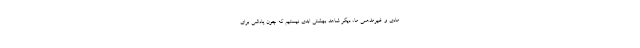
مادی و غیرمذهبی ما، دیگر شاهد بهشتی ابدی نیستیم که چون پاداشی برای